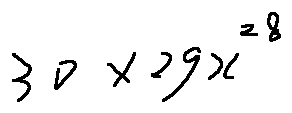
3 0 \times 2 9 x ^ { 2 8 }